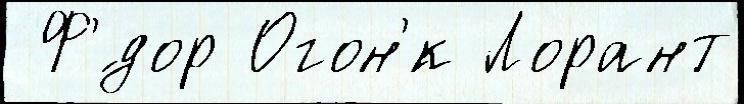
 Ф'́дор Огон'́к Лорант